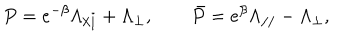
P = e ^ { - \beta } \Lambda _ { / / } + \Lambda _ { \bot } , \qquad \bar { P } = e ^ { \beta } \Lambda _ { / / } - \Lambda _ { \bot } ,